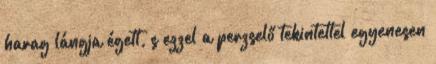
harag lángja égett, s ezzel a perzselő tekintettel egyenesen